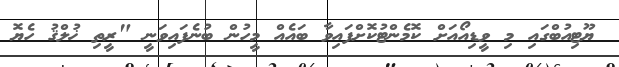
ޔޫޓިއުބްގައި މި ވީޑިއޯއަށް ކޮމެންޓުކޮށްފައިވާ ބައެއް މީހުން ބުނެފައިވަނީ "ރީތި ޚުލްޤު ހެޔޮ